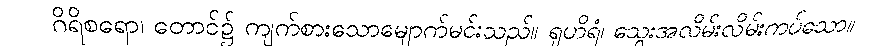
ဂိရိစရော၊ တောင်၌ ကျက်စားသောမျောက်မင်းသည်။ ရုဟိရံ၊ သွေးအလိမ်းလိမ်းကပ်သော။